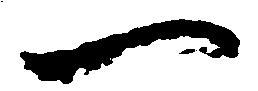
一